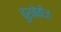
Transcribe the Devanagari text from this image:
बुशबेबीज